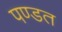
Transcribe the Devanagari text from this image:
पण्डत